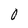
Character: 0